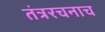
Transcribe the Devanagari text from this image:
तंत्ररचनाच